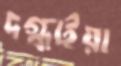
দগ্ধাইয়া